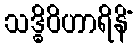
သဒ္ဓိဝိဟာရိနိံ